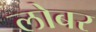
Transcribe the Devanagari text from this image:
लोबर